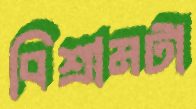
বিশ্রামটা